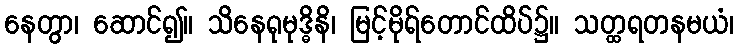
နေတွာ၊ ဆောင်၍။ သိနေရုမုဒ္ဓိနိ၊ မြင့်မိုရ်တောင်ထိပ်၌။ သတ္ထရတနမယံ၊